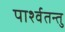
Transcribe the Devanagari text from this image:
पार्श्वतन्तु